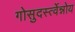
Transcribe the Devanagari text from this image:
गोसुदर्स्त्वेन्नोय